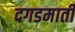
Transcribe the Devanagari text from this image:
दगडमाती